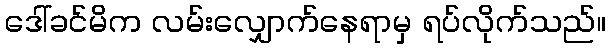
ဒေါ်ခင်မိက လမ်းလျှောက်နေရာမှ ရပ်လိုက်သည်။